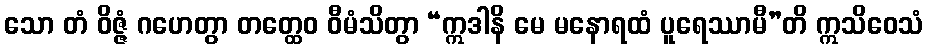
သော တံ ဝိဇ္ဇံ ဂဟေတွာ တတ္ထေဝ ဝီမံသိတွာ “ဣဒါနိ မေ မနောရထံ ပူရေဿာမီ”တိ ဣသိဝေသံ